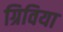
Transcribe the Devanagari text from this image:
ग्रिविया